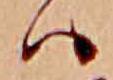
ハ